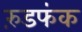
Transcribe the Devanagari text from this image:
रुंडफंक